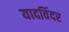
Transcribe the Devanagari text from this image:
यादविंदर